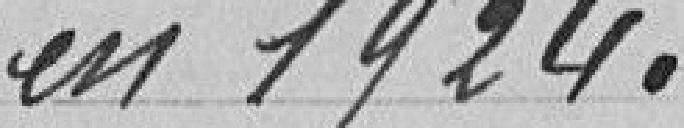
en 1924.